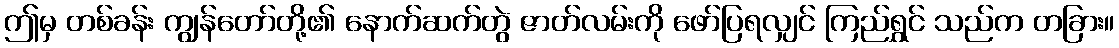
ဤမှ တစ်ခန်း ကျွန်တော်တို့၏ နောက်ဆက်တွဲ ဇာတ်လမ်းကို ဖော်ပြရလျှင် ကြည်ရွှင် သည်က တခြား။